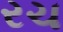
રચ